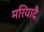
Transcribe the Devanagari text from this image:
मरियादै